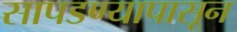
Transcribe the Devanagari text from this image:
सापडण्यापासून